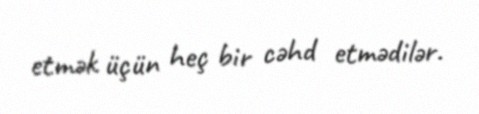
etmək üçün heç bir cəhd etmədilər.